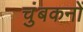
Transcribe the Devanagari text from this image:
चुंबकनों